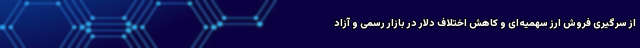
از سرگیری فروش ارز سهمیه‌ای و کاهش اختلاف دلار در بازار رسمی و آزاد